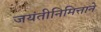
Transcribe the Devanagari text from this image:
जयंतीनिमित्ताने